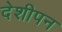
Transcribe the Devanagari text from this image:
देशीपन